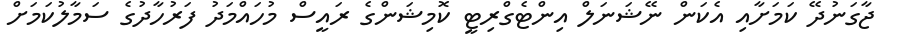
ޖާގަނުދޭ ކަމަށާއި އެކަން ނޭޝަނަލް އިންޓެގްރިޓީ ކޮމިޝަންގެ ރައީސް މުހައްމަދު ފަރުހާދުގެ ސަމާލުކަމަށް